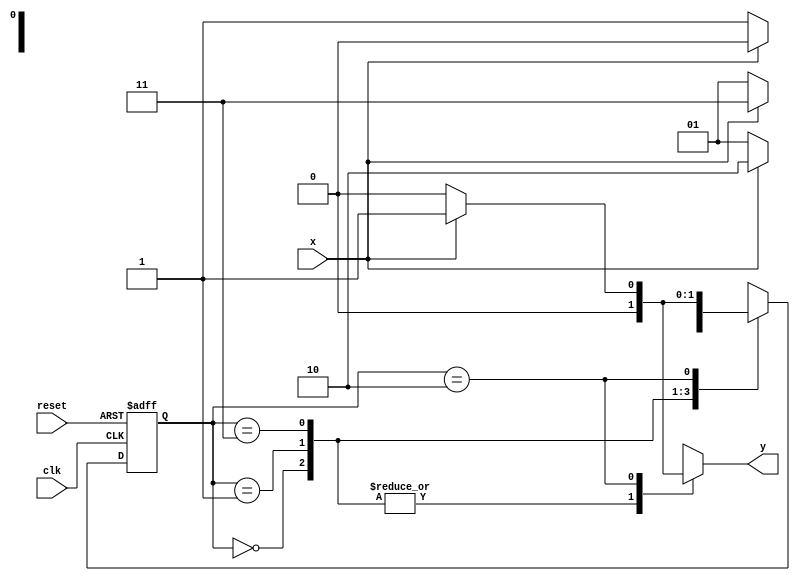
//-----------------
//Rafael Lopes Barbosa
//435052
//------------------

//------
//--Mealy FSM
//------

//constant definitions
`define found 1
`define notfound 0

//FSM by Mealy
module mealy0111(y, x, clk, reset);

output y;
input x;
input clk;
input reset;

reg y;

parameter //state identifiers
start = 2'b00,
id01  = 2'b01,
id011 = 2'b11,
id0111= 2'b10;


reg[1:0]E1;//current state variables
reg[1:0]E2;//next stat logic output

//next state logic
always @(x or E1)
begin
	y = `notfound;
case(E1)
	start:
		if(x)
			E2 = start;
		else
			E2 = id01;
id01:
	if(x)
		E2 = id011;
	else
		E2 =	id01;
id011:
	if(x)
		E2 = id0111;
	else
		E2 = id01;	
id0111:
	if(x)
		begin
			E2 = id01;
			y = `found;
			end
	else
	begin
		E2 = start;
		y = `notfound;
	end
default:  //undefined state
	E2 = 2'bxx;
endcase

end // always at signal or state changing

//state variables
always @(posedge clk or negedge reset)
begin
if(reset)
E1 = E2; //updates current state
else
E1 = 0; //reset

end // always at signal changing

endmodule // mealy0111